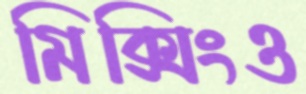
মিক্সিংও